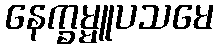
နေက္ခမ္မူပသမေ